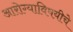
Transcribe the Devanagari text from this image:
आरोग्याविषयीचे